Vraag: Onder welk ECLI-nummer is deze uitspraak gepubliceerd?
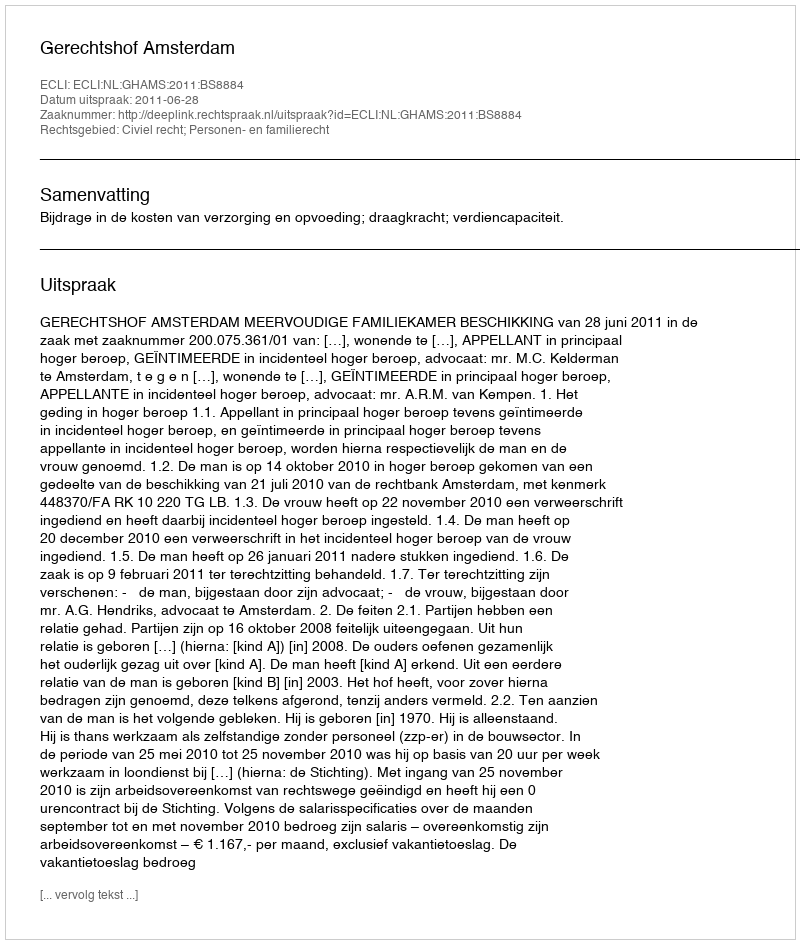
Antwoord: ECLI:NL:GHAMS:2011:BS8884